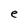
Character: e